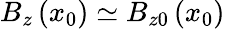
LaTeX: B_{z}\left(x_{0}\right)\simeq B_{z0}\left(x_{0}\right)